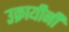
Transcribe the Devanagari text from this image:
उक्रायीनी